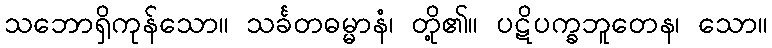
သဘောရှိကုန်သော။ သင်္ခတဓမ္မာနံ၊ တို့၏။ ပဋိပက္ခဘူတေန၊ သော။